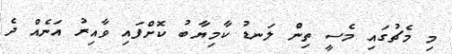
މި މެޗުގައި މެސީ ތިން ލަނޑު ކާމިޔާބު ކޮށްފައި ވާއިރު އަނެއް ދެ